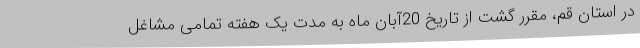
در استان قم، مقرر گشت از تاریخ 20آبان ماه به مدت یک هفته تمامی مشاغل